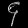
Digit: ၄